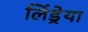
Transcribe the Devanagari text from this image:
लिंड्रेया